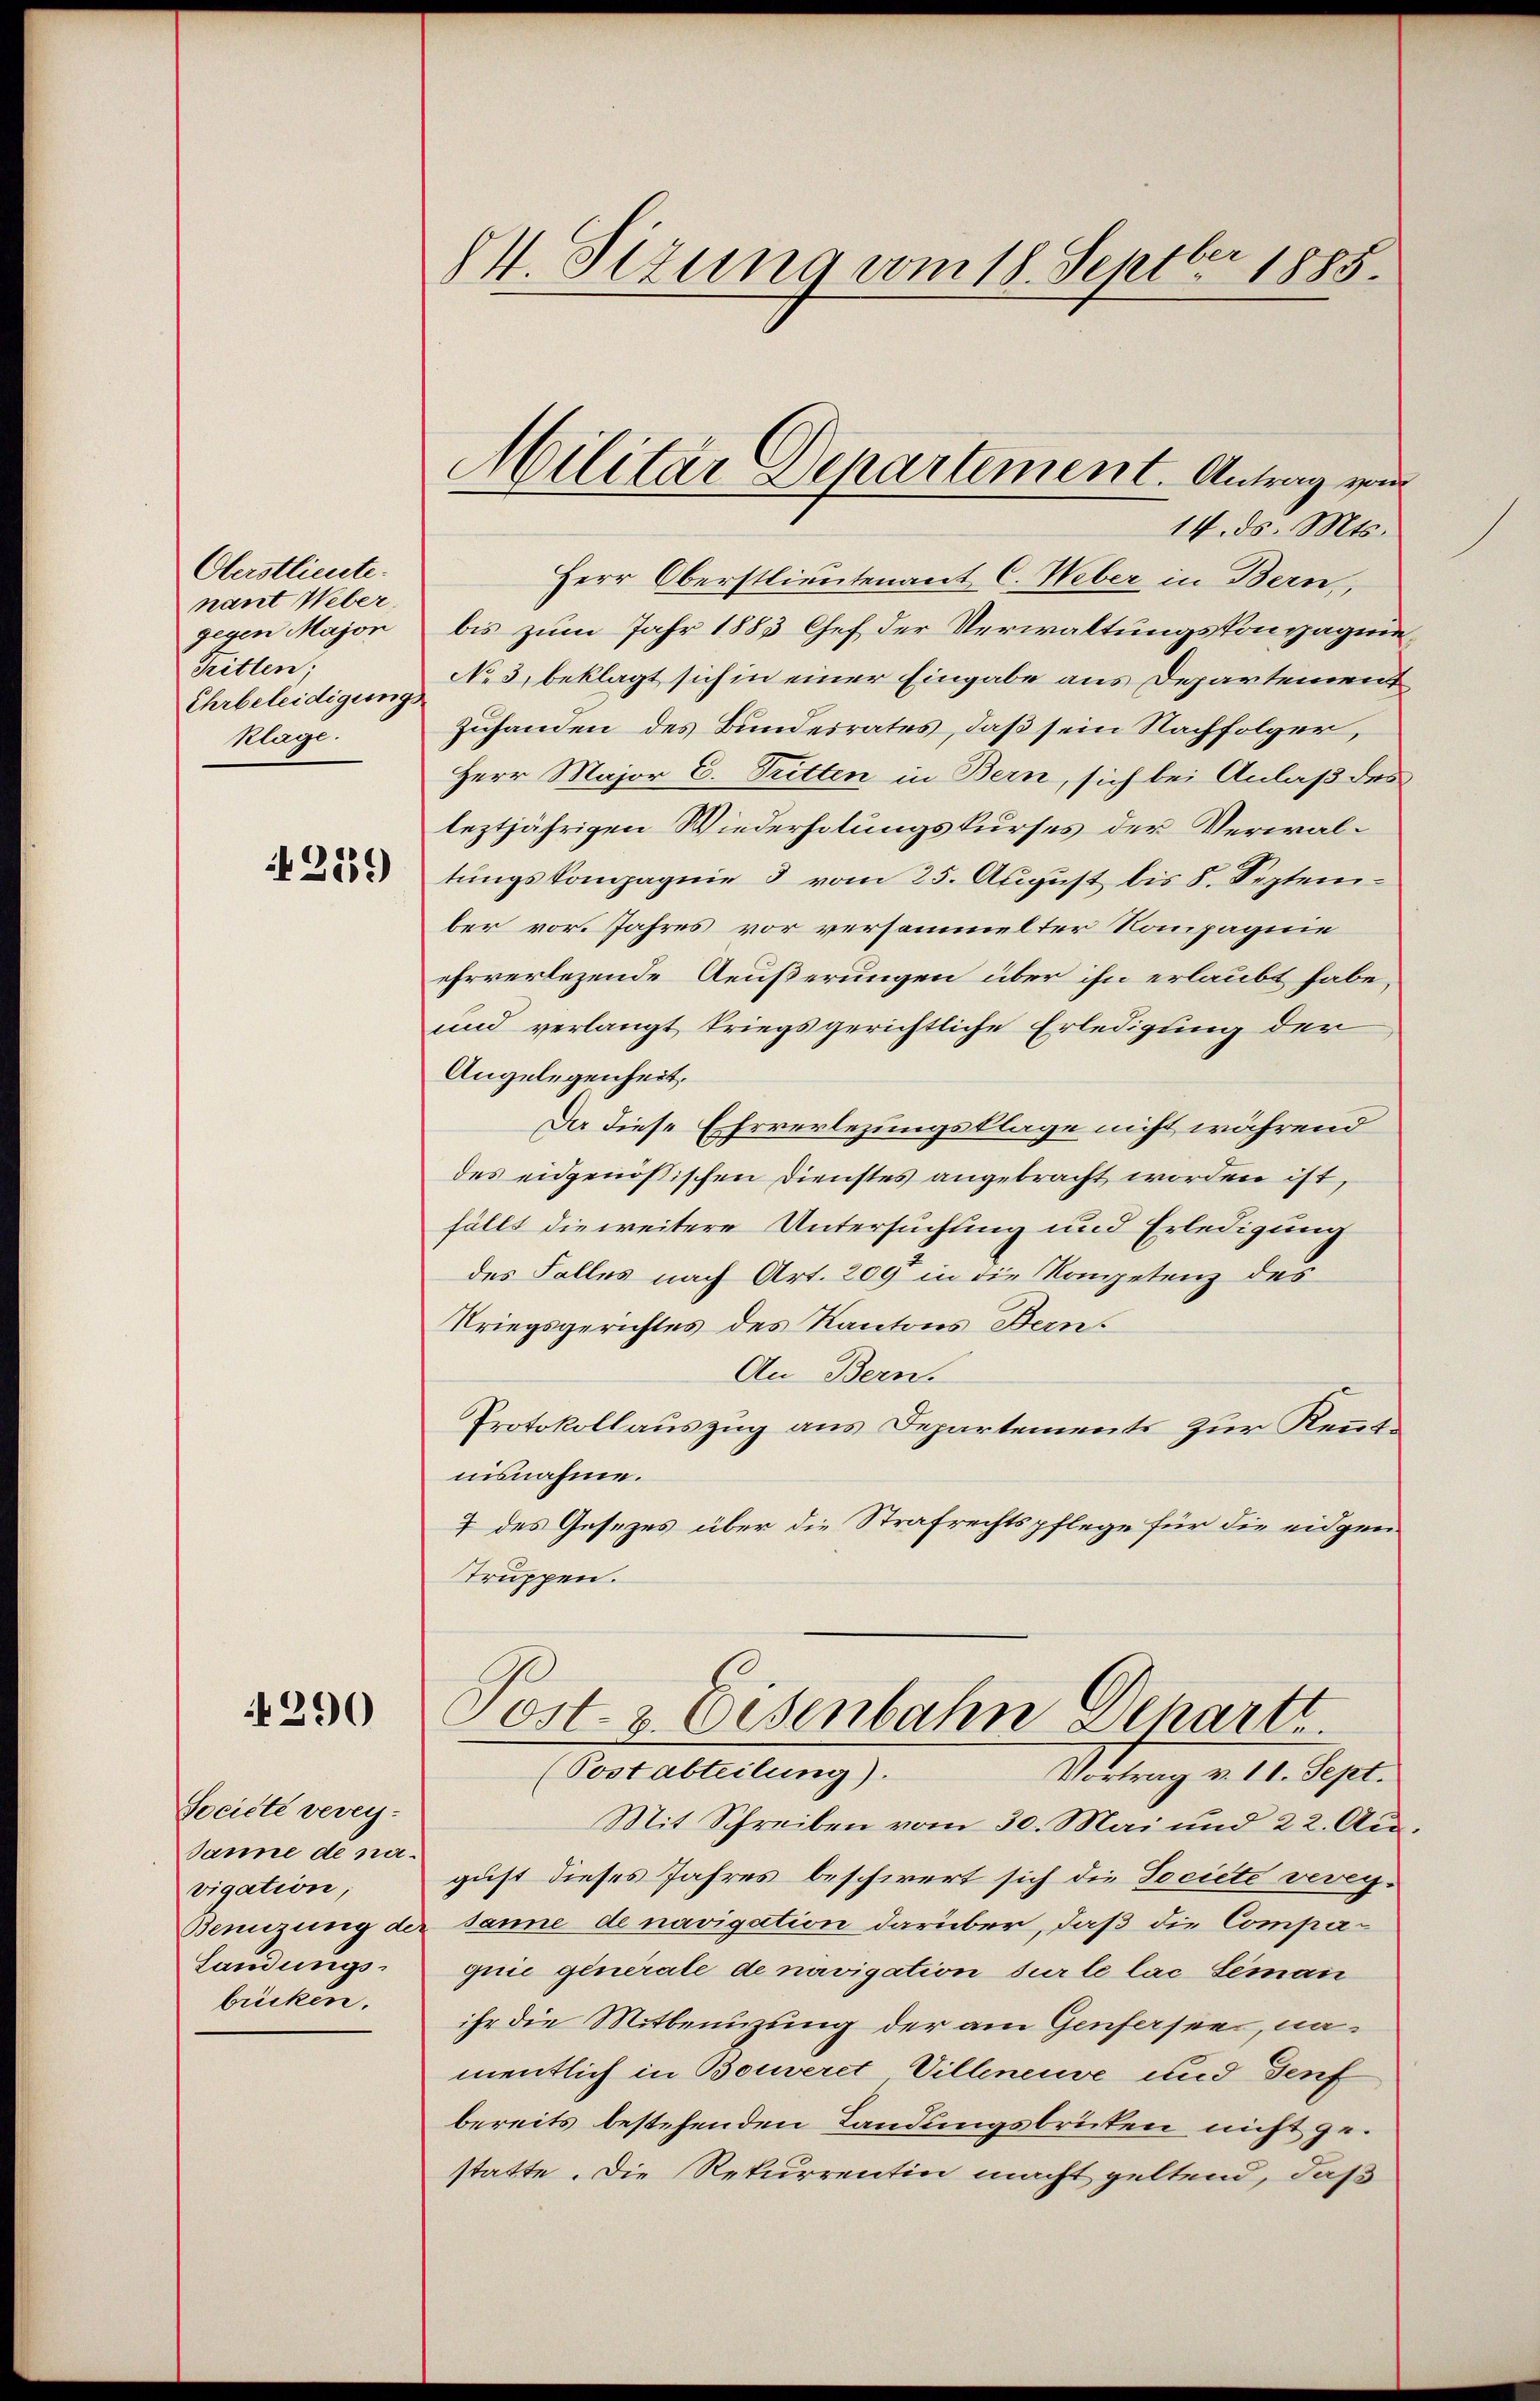
Oberstlieute.
nant Weber,
gegen Majon
Tritten.
Ehrbeleidigungs
klage.

42559)

290

Société verei¬
Janne de navigation;
Benuzung de
Landungs-
bücken.

V. Sizung vom 18. Septbr 1885.

Militar Departement. Antrag von

14. ds. Mts.
Herr Oberstlieutenant C. Weber in Bern,
bis zum Jahr 1883 Chef der Verwaltungskompagnie¬
No 3. beklagt sich in einer Eingabe aus Departement
Zuhanden des Bundesrates, daß sein Nachfolger,
Herr Major C. Tritten in Bern, sich bei Anlaß des
leztjährigen Wiederholungskurses der Verwaltungskompagnie 3 vom 25. August bis 8. September vor. Jahres vor versammelter Kompagnie
ehrverlesende Aeußerungen über ihn erlaubt habe,
und verlangt kriegsgerichtliche Erledigung der
Angelegenheit.
Da diese Ehrverlegungsklage nicht während
des eidgenößischen Dienstes angebracht worden ist,
fällt die weitere Untersuchung und Erledigung
des Falles nach Art. 209 in die Kompetenz des
Kriegsgerichtes des Kantons Bern.
An Bern.
Protokollauszug aus Departements zur Kenntnisnahme.
7 des Gesezes über die Strafrechtspflege für die eidgrei¬
Truppen.
Post- & Eisenbahn Dehartt
(Postabteilung).
Vittung v. 12. Sept.
Mit Schreiben vom 30. Mai und 22. August dieses Jahres beschwert sich die Societe verey-
sanne de navigation darüber, daß die Compaquie generale de navigation sur le lac Seman
ihr die Mitbenuzung der am Genfersee, namentlich in Bouveret, Villeneuve und Genf
bereits bestehenden Landungsbriten nicht gestatte. Die Rekurrentin macht geltend, daß